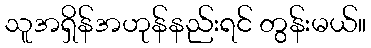
သူအရှိန်အဟုန်နည်းရင် တွန်းမယ်။